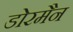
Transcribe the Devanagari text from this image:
डोरमैन